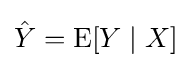
{\hat {Y}}=\operatorname {E} [Y\mid X]